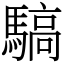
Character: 䮦